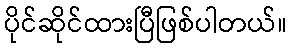
ပိုင်ဆိုင်ထားပြီဖြစ်ပါတယ်။